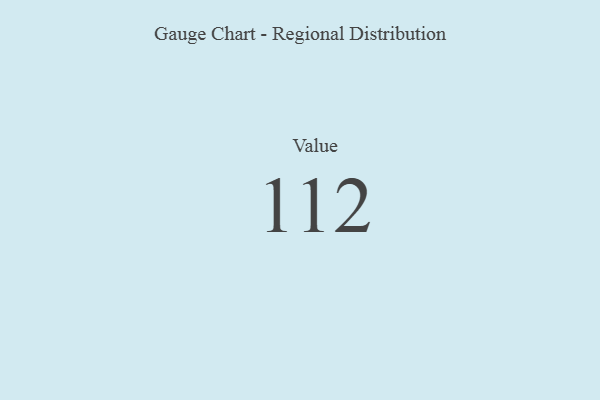
{"axis": {"x": "Metric", "y": "Value"}, "legend": [""], "data": [{"x": "Value", "y": 112, "type": ""}]}